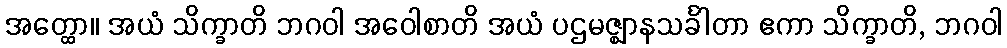
အတ္ထော။ အယံ သိက္ခာတိ ဘဂဝါ အဝေါစာတိ အယံ ပဌမဇ္ဈာနသင်္ခါတာ ဧကာ သိက္ခာတိ, ဘဂဝါ